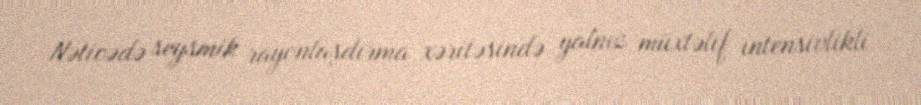
Nəticədə seysmik rayonlaşdırma xəritəsində yalnız müxtəlif intensivlikli